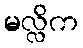
မလ္လိက